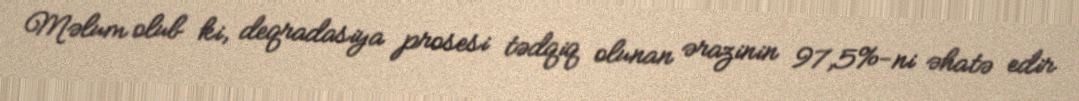
Məlum olub ki, deqradasiya prosesi tədqiq olunan ərazinin 97,5%-ni əhatə edir